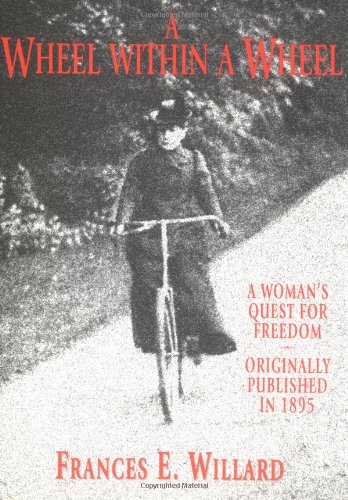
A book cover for Wheel Within a Wheel; Frances Willard; Sports & Outdoors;